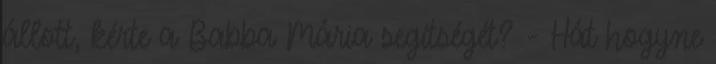
állott, kérte a Babba Mária segítségét? - Hát hogyne